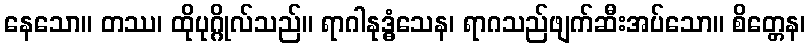
နေသော။ တဿ၊ ထိုပုဂ္ဂိုလ်သည်။ ရာဂါနုဒ္ဓံသေန၊ ရာဂသည်ဖျက်ဆီးအပ်သော။ စိတ္တေန၊